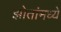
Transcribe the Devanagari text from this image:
झोतांमध्ये